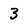
Character: 3